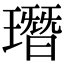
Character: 㻸